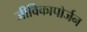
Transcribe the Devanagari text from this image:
जीविकापोर्जन